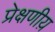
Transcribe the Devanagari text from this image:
प्रेक्षणीय़